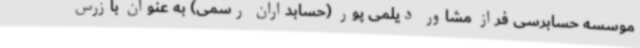
موسسه حسابرسی فراز مشاور دیلمی پور (حسابداران رسمی) به عنوان بازرس